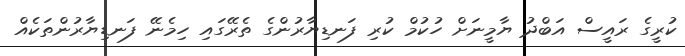
ކުރީގެ ރައީސް އަބްދު ޔާމީނަށް ހުކުމް ކުރި ފަނޑިޔާރުންގެ ތެރޭގައި ހިމެނޭ ފަނޑިޔާރުންތަކެއް